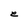
Character: e